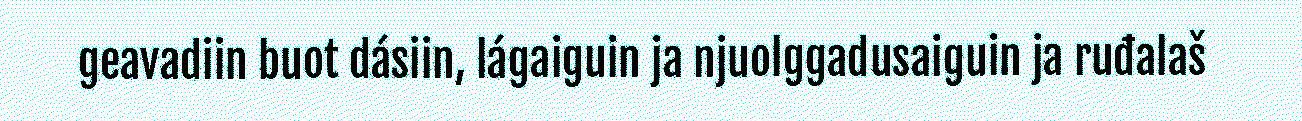
geavadiin buot dásiin, lágaiguin ja njuolggadusaiguin ja ruđalaš